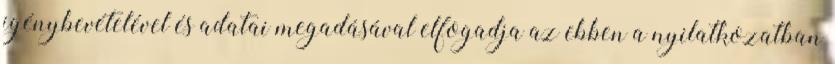
igénybevételével és adatai megadásával elfogadja az ebben a nyilatkozatban